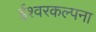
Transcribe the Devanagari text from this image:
ईश्वरकल्पना